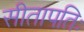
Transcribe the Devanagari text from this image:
सीतापतिः